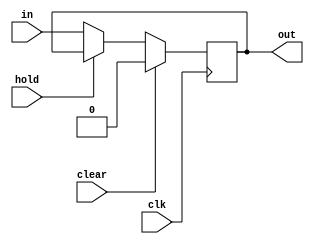
module regr_1 (
	input clk,
	input clear,
	input hold,
	input wire [N-1:0] in,
	output reg [N-1:0] out);
	parameter N = 1;
	always @(posedge clk) begin
		if (clear)
			out <= {N{1'b0}};
		else if (hold)
			out <= out;
		else
			out <= in;
	end
endmodule